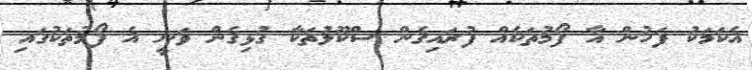
އެކަމަކު ފަހުން އާ ފޯމުތަކެއް ފުރައިގެން ސްކޫލުތަކާ ގުޅިގެން ވަނީ އެ ފޯމުތަކުގައި